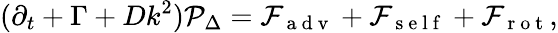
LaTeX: (\partial_{t}+\Gamma+Dk^{2})\mathcal{P}_{\Delta}=\mathcal{F}_{\mathrm{~a~d~v~}}+\mathcal{F}_{\mathrm{~s~e~l~f~}}+\mathcal{F}_{\mathrm{~r~o~t~}},